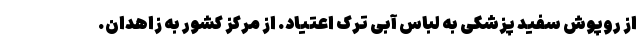
از روپوش سفید پزشکی به لباس آبی ترک اعتیاد. از مرکز کشور به زاهدان.